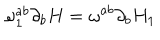
LaTeX: \omega _ { 1 } ^ { a b } \partial _ { b } H = \omega ^ { a b } \partial _ { b } H _ { 1 }